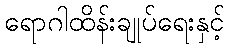
ရောဂါထိန်းချုပ်ရေးနှင့်